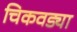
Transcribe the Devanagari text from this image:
चिकवड्या